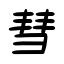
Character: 彗